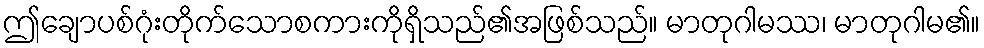
ဤချောပစ်ဂုံးတိုက်သောစကားကိုရှိသည်၏အဖြစ်သည်။ မာတုဂါမဿ၊ မာတုဂါမ၏။